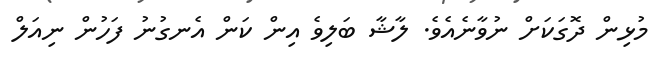
މުޅިން ދޮގަކަށް ނުވާނެއެވެ. ލާޝާ ބަލިވެ އިން ކަން އެނގުނު ފަހުން ނިއަލް